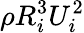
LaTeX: \rho R_{i}^{3}U_{i}^{2}